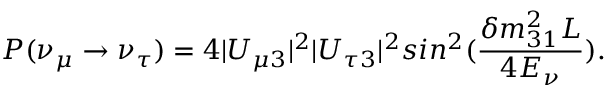
P ( \nu _ { \mu } \rightarrow \nu _ { \tau } ) = 4 | U _ { \mu 3 } | ^ { 2 } | U _ { \tau 3 } | ^ { 2 } s i n ^ { 2 } ( \frac { \delta m _ { 3 1 } ^ { 2 } L } { 4 E _ { \nu } } ) .